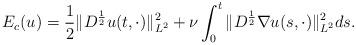
LaTeX: \begin{align*}E_c(u) = \frac{1}{2}\|D^{\frac{1}{2}}u(t, \cdot)\|_{L^2}^2 +\nu\int_0^t\|D^{\frac{1}{2}}\nabla u(s, \cdot)\|_{L^2}^2ds.\end{align*}